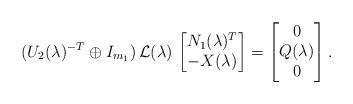
LaTeX: \begin{align*} (U_2(\lambda)^{-T} \oplus I_{m_1}) \, \mathcal{L}(\lambda) \,\begin{bmatrix}N_1(\lambda)^T \\ -X(\lambda)\end{bmatrix}= \begin{bmatrix}0 \\ Q(\lambda) \\ 0\end{bmatrix}.\end{align*}